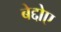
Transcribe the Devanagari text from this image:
बेद्दोए